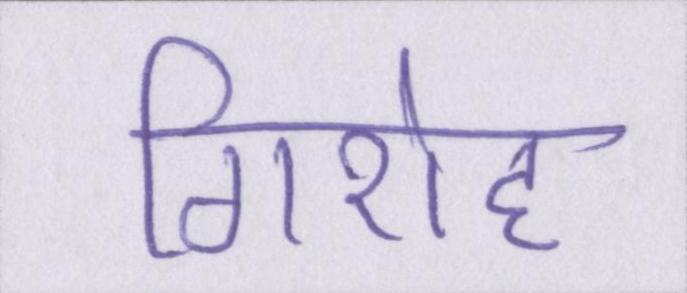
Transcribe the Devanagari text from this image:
गिरोह